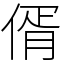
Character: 偦